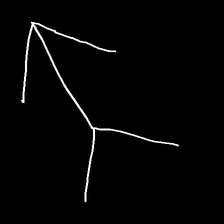
Glyph: gather